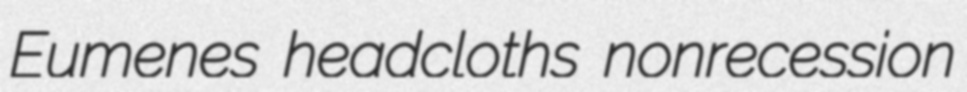
Eumenes headcloths nonrecession